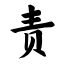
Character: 责